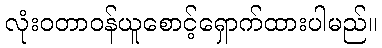
လုံးဝတာဝန်ယူစောင့်ရှောက်ထားပါမည်။